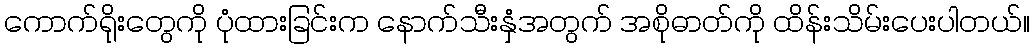
ကောက်ရိုးတွေကို ပုံထားခြင်းက နောက်သီးနှံအတွက် အစိုဓာတ်ကို ထိန်းသိမ်းပေးပါတယ်။